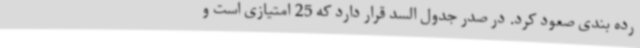
رده بندی صعود کرد. در صدر جدول السد قرار دارد که 25 امتیازی است و